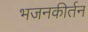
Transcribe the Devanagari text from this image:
भजनकीर्तन